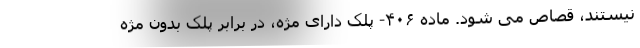
نیستند، قصاص می شود. ماده ۴۰۶- پلک دارای مژه، در برابر پلک بدون مژه